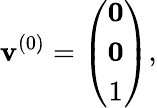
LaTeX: \mathbf{v}^{(0)}=\left(\begin{array}{ccc}{{{\mathbf 0}}}\\ {{{\mathbf 0}}}\\ {{1}}\end{array}\right),